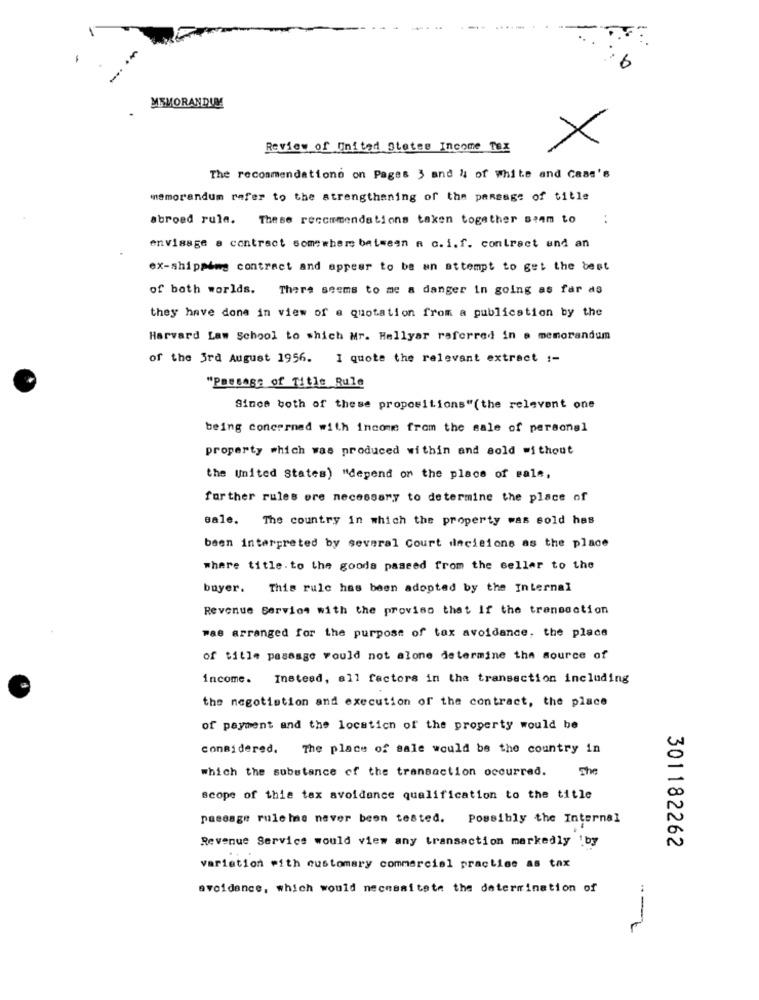
....
6
MEMORANDUM
Review of United States Income Tax
×
The recommendations on Pages 3 and 4 of white and Gaas's
memorandum refer to the strengthaning of the pansage of title
abroad rule. These recommendations taken together seem to
envisage a contract somewhere between A c.i.f. contract and an
ex-shipping contract and appear to be an attempt to get the best
of both worlds.
There seems to me a danger in going as far as
they have done in view of a quotation from a publication by the
Harvard Law School to which Mr. Hellyar referred in e memorandum
of the 3rd August 1956. I quote the relevant extract :-
"Passage of Title Rule
Since both of these propositions"(the relevant one
being concerned with income from the sale of personal
property which was produced within and sold without
the United States) "depend on the place of sale,
further rules ore necessary to determine the place of
sale. The country in which the property was sold has
been interpreted by several Court decisione as the place
where title. to the goods paseed from the seller to the
boyer. This rule has been adopted by the Internal
Revenue Service with the proviso that If the transaction
was arranged for the purpose of tax avoidance, the place
of tille passage would not alone determine the source of
income.
Instead, all factors in the transaction including
the negotiation and execution of the contract, the place
of payment and the location of the property would be
considered. The place of sale would be the country in
which the substance of the transaction occurred.
The
scope of thie tax avoidance qualification to the title
passage rule has never been tested. Possibly the Internal
Revenue Service would view any transaction markedly by
301182262
variation with customary commercial practise as tax
avoidance, which would necessitate the determination of